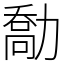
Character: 勪